Annual report of the Civil Veterinary Department, Bengal, for the year 1897-98 - 1897-1898
Year: 1897
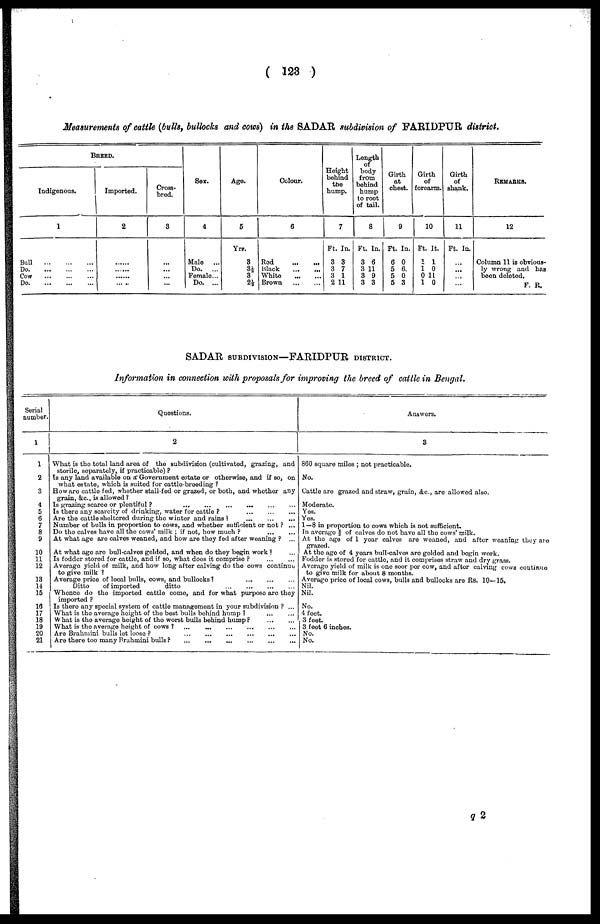
(123)
Measurements of cattle (bulls, bullocks and cows) in the SADAR subdivision of FARIDPUR district.
BREED.
Indigenous.
1
Bull
...
...
...
Do.
...
...
...
Cow
...
...
...
Do.
...
...
...
Imported.
2
......
......
......
......
Cross-
bred.
3
...
...
...
...
Sex.
4
Male
...
Do.
...
Female ...
Do. ...
Age.
5
Yrs.
8
3½
3 2½
Colour.
6
Rod
...
...
Black
...
...
White
...
...
Brown
...
...
Height
behind
tbe
hump.
7
Ft. In.
3 3
3 7
3 1
2 11
Longth
body
from
bohind
hump
to root
of tail.
8
Ft. In.
3 6
3 11
3 9
3 3
Girth
at
chest.
9
Ft. In.
6 0
5 6.
5 0
5 3
Girth
of
forearm.
10
Ft. It.
1 1
1 0
0 11
1 0
Girth
of
shank.
11
Ft. In.
...
...
...
...
REMARKS.
12
Column 11 is obvious-
ly wrong and bas
boon deleted.
F. R.
SADAR SUBDIVISON—FARIDPUR DISTRICT.
Information in connection with proposals for improving the breed of cattle in Bengal.
Serial
number.
1
1
2
3
4
5
6
7
8
9
10
11
12
13
14
15
16
17
18
19
20
21
Questions.
2
What is the total land area of the subdivision (cultivated, grazing, and
storile, separately, if practicable)?
Is any land available on a Government estate or otherwise, and if so, on
what estate, which is suited for cattle-breeding?
How are cattle fed, whether stall fed or grazed, or both, and whether any
grain, &c., is allowod?
Is grazing scarce or plentiful?
...
... ... ... ... ...
Is there any scarcity of drinking, water for cattle?
...
...
...
Are the cattle sheltered during the winter and rains
...
...
...
Number of bulls in proportion to cows, and whether sufficient or not? ...
Do the calves have all the cows' milk; if not, how much? ... ...
At what age are calves weaned, and how are they fed after weaning? ...
At what age are bull-calves geldod, and when do they begin work? ...
Is fodder stored for cattle, and if so, what does it comprise? ... ...
Average yield of milk, and how long after calving do the cows continue
to give milk?
Average price of local bulls, cows, and bullocks? ... ... ...
Ditto
of imported
ditto ... ... ... ...
Whence do the imported cattle come, and for what purpose are they
imported?
Is there any special system of cattle management in your subdivision? ...
What is the average height of the best bulls behind hump? ... ...
What is the average height of the worst bulls bohind hump? ... ...
What is the average height of cows? ... ... ... ... ... ...
Are Brahmini bulls let loose?
...
...
...
...
...
...
Are there too many Rrahmini bulls?
...
...
...
...
...
...
Answers.
3
860 square miles; not practicable.
No.
Cattle are grazed and straw, grain, &c., are allowed also.
Moderate.
Yes.
Yes.
1—8 in proportion to cows which is not sufficient.
In average 2/3 of calves do not have all the cows' milk.
At the age of 1 year calves are woaned, and after weaning they are
grazed.
At the age of 4 years bull-calves are gelded and begin work.
Fodder is stored for cattle, and it comprises straw and dry grass.
Average yield of milk is one seer per cow, and after calving cows coutinue
to give milk for about 8 months.
Average price of local cows, bulls and bullocks are Rs. 10—15.
Nil.
Nil.
No.
4 foot.
3 foot.
3 foot 6 inches.
No.
No.
q 2